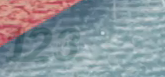
123